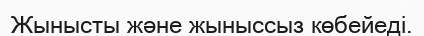
Жынысты және жыныссыз көбейеді.